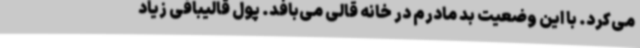
می‌کرد. با این وضعیت بد مادرم در خانه قالی می‌بافد. پول قالیبافی زیاد